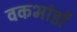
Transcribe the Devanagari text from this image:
वकभांडों